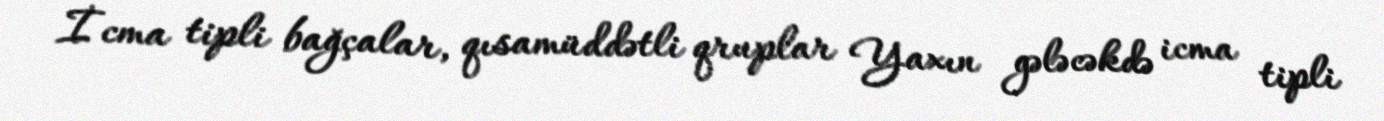
İcma tipli bağçalar, qısamüddətli qruplar Yaxın gələcəkdə icma tipli